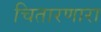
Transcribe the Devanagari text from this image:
चितारणारा